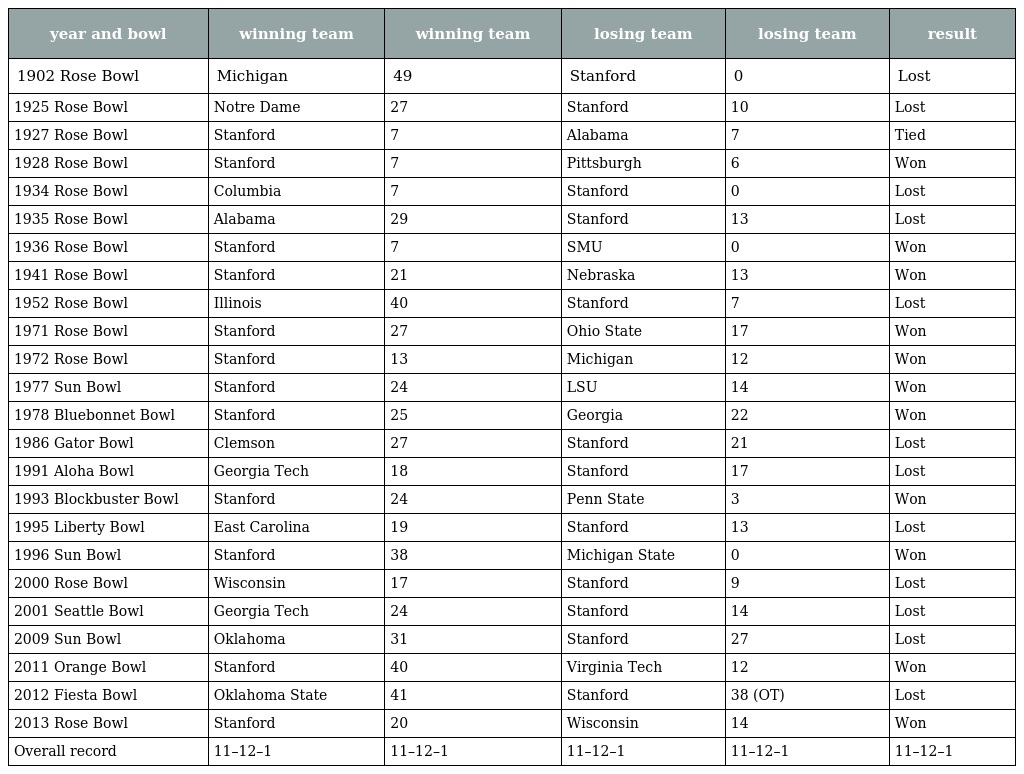
| year and bowl | winning team | winning team | losing team | losing team | result |
 | --- | --- | --- | --- | --- | --- |
 | 1902 Rose Bowl | Michigan | 49 | Stanford | 0 | Lost |
 | 1925 Rose Bowl | Notre Dame | 27 | Stanford | 10 | Lost |
 | 1927 Rose Bowl | Stanford | 7 | Alabama | 7 | Tied |
 | 1928 Rose Bowl | Stanford | 7 | Pittsburgh | 6 | Won |
 | 1934 Rose Bowl | Columbia | 7 | Stanford | 0 | Lost |
 | 1935 Rose Bowl | Alabama | 29 | Stanford | 13 | Lost |
 | 1936 Rose Bowl | Stanford | 7 | SMU | 0 | Won |
 | 1941 Rose Bowl | Stanford | 21 | Nebraska | 13 | Won |
 | 1952 Rose Bowl | Illinois | 40 | Stanford | 7 | Lost |
 | 1971 Rose Bowl | Stanford | 27 | Ohio State | 17 | Won |
 | 1972 Rose Bowl | Stanford | 13 | Michigan | 12 | Won |
 | 1977 Sun Bowl | Stanford | 24 | LSU | 14 | Won |
 | 1978 Bluebonnet Bowl | Stanford | 25 | Georgia | 22 | Won |
 | 1986 Gator Bowl | Clemson | 27 | Stanford | 21 | Lost |
 | 1991 Aloha Bowl | Georgia Tech | 18 | Stanford | 17 | Lost |
 | 1993 Blockbuster Bowl | Stanford | 24 | Penn State | 3 | Won |
 | 1995 Liberty Bowl | East Carolina | 19 | Stanford | 13 | Lost |
 | 1996 Sun Bowl | Stanford | 38 | Michigan State | 0 | Won |
 | 2000 Rose Bowl | Wisconsin | 17 | Stanford | 9 | Lost |
 | 2001 Seattle Bowl | Georgia Tech | 24 | Stanford | 14 | Lost |
 | 2009 Sun Bowl | Oklahoma | 31 | Stanford | 27 | Lost |
 | 2011 Orange Bowl | Stanford | 40 | Virginia Tech | 12 | Won |
 | 2012 Fiesta Bowl | Oklahoma State | 41 | Stanford | 38 (OT) | Lost |
 | 2013 Rose Bowl | Stanford | 20 | Wisconsin | 14 | Won |
 | Overall record | 11–12–1 | 11–12–1 | 11–12–1 | 11–12–1 | 11–12–1 |